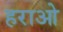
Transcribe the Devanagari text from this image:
हराओ